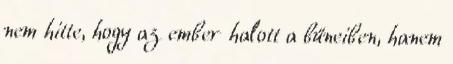
nem hitte, hogy az ember halott a bűneiben, hanem